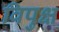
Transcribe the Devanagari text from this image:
विपुक्ष